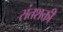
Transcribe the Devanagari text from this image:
संतशक्ती